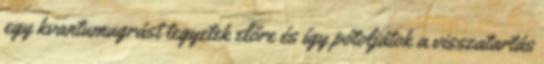
egy kvantumugrást tegyetek előre és így pótoljátok a visszatartás